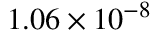
{ 1 . 0 6 \times 1 0 ^ { - 8 } }